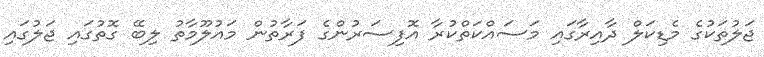
ޖަލުތަކުގެ މެޑިކަލް ދާއިރާގައި މަސައްކަތްކުރާ އޮފިސަރުންގެ ފަރާތުން މައުލޫމާތު ލިބޭ ގޮތުގައި ޖަލުގައި